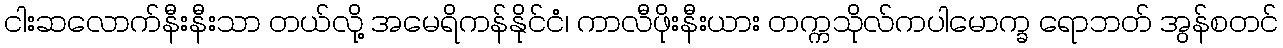
ငါးဆလောက်နီးနီးသာ တယ်လို့ အမေရိကန်နိုင်ငံ၊ ကာလီဖိုးနီးယား တက္ကသိုလ်ကပါမောက္ခ ရောဘတ် အွန်စတင်